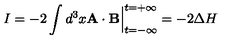
I = - 2 \int d ^ { 3 } x { \bf A } \cdot { \bf B } \Big | _ { t = - \infty } ^ { t = + \infty } = - 2 \Delta H